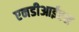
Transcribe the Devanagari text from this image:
एनडीआईएस